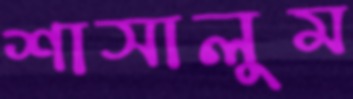
শাসালুম